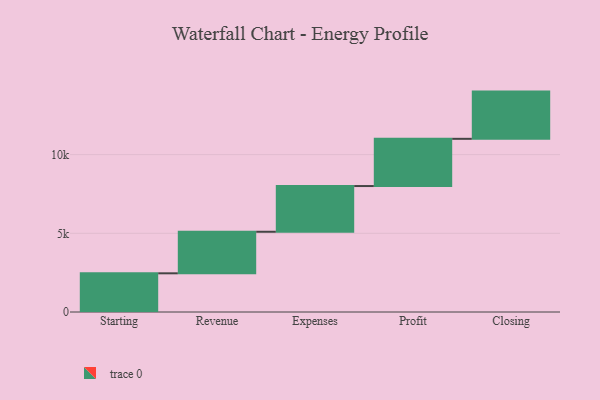
{"axis": {"x": "Step", "y": "Value"}, "legend": [""], "data": [{"x": "Starting", "y": 2458.0, "type": ""}, {"x": "Revenue", "y": 2640.0, "type": ""}, {"x": "Expenses", "y": 2905.0, "type": ""}, {"x": "Profit", "y": 3000, "type": ""}, {"x": "Closing", "y": 3000, "type": ""}]}